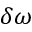
\delta \omega